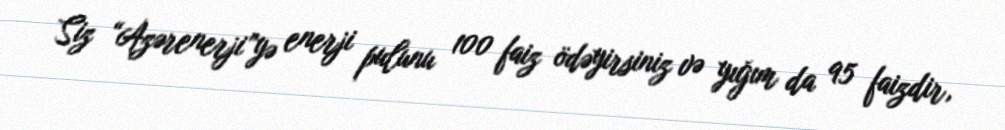
Siz “Azərenerji”yə enerji pulunu 100 faiz ödəyirsiniz və yığım da 95 faizdir,